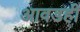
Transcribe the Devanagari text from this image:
आवडही